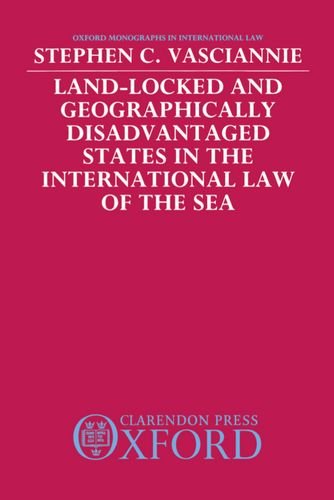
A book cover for Land-Locked and Geographically Disadvantaged States in the International Law of the Sea (Oxford Monographs in International Law); S. C. Vasciannie; Law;